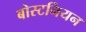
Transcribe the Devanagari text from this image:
बोस्टनियन